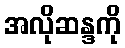
အလိုဆန္ဒကို